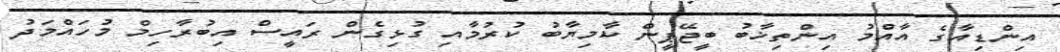
އިންޑިއާގެ އާއްމު އިންތިޚާބު ބީޖޭޕީން ކާމިޔާބު ކުރުމާއި ގުޅިގެން ރައީސް އިބުރާހިމް މުހައްމަދު